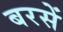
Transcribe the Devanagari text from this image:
बरसें